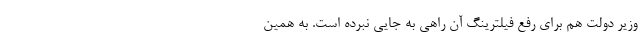
وزیر دولت هم برای رفع فیلترینگ آن راهی به جایی نبرده است. به همین‌